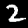
Digit: 2